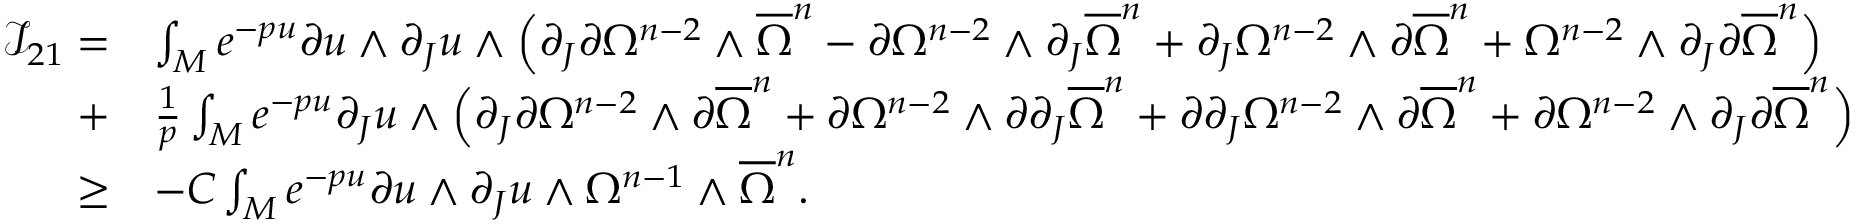
\begin{array} { r l } { \mathcal { I } _ { 2 1 } = } & { \int _ { M } { e ^ { - p u } \partial u \wedge \partial _ { J } u \wedge \Big ( \partial _ { J } \partial \Omega ^ { n - 2 } \wedge { \overline { \Omega } } ^ { n } - \partial \Omega ^ { n - 2 } \wedge \partial _ { J } { \overline { \Omega } } ^ { n } + \partial _ { J } \Omega ^ { n - 2 } \wedge \partial { \overline { \Omega } } ^ { n } + \Omega ^ { n - 2 } \wedge \partial _ { J } \partial { \overline { \Omega } } ^ { n } \Big ) } } \\ { + } & { \frac { 1 } { p } \int _ { M } { e ^ { - p u } \partial _ { J } u \wedge \Big ( \partial _ { J } \partial \Omega ^ { n - 2 } \wedge \partial { \overline { \Omega } } ^ { n } + \partial \Omega ^ { n - 2 } \wedge \partial \partial _ { J } { \overline { \Omega } } ^ { n } + \partial \partial _ { J } \Omega ^ { n - 2 } \wedge \partial { \overline { \Omega } } ^ { n } + \partial \Omega ^ { n - 2 } \wedge \partial _ { J } \partial { \overline { \Omega } } ^ { n } \Big ) } } \\ { \ge } & { - C \int _ { M } { e ^ { - p u } \partial u \wedge \partial _ { J } u \wedge \Omega ^ { n - 1 } \wedge \overline { \Omega } ^ { n } } . } \end{array}